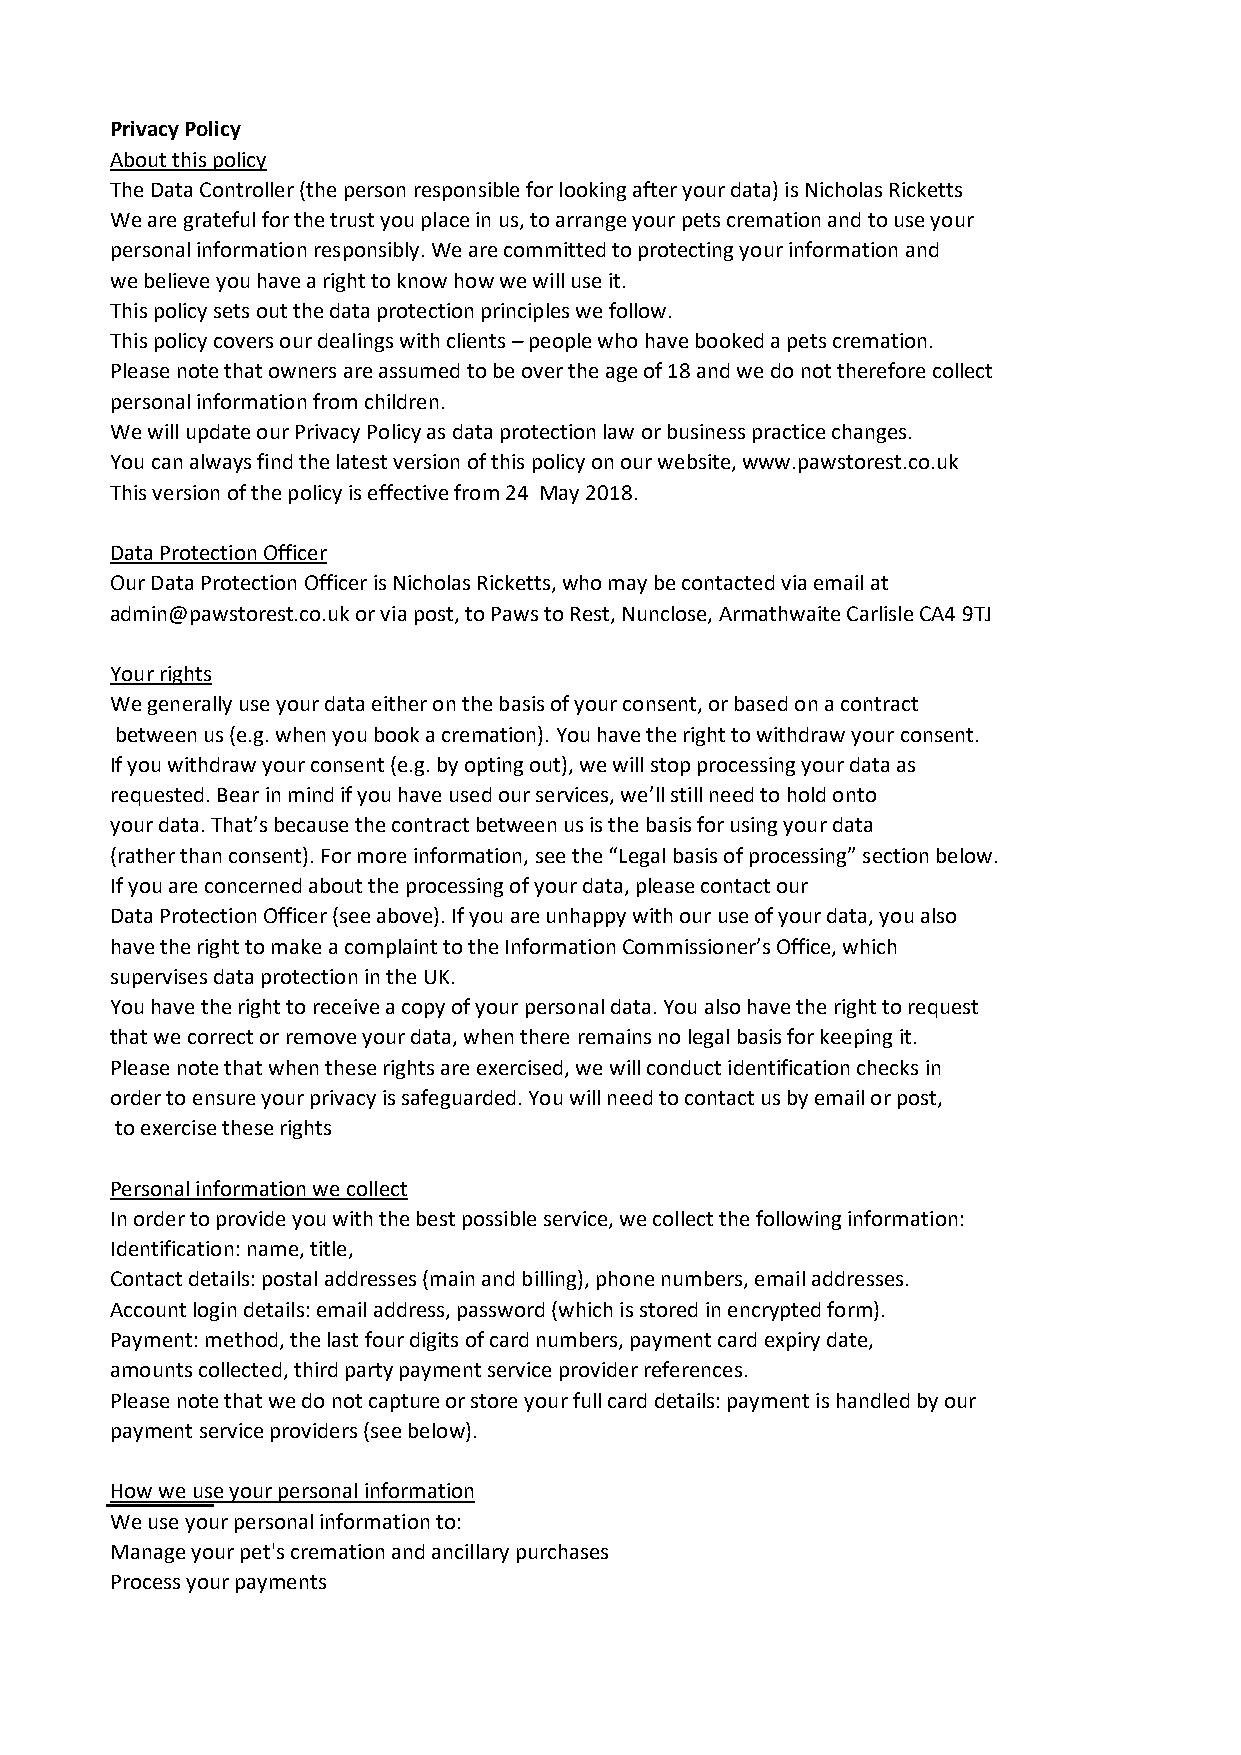
Privacy Policy
 About this policy
 The Data Controller (the person responsible for looking after your data) is Nicholas Ricketts
 We are grateful for the trust you place in us, to arrange your pets cremation and to use your
 personal information responsibly. We are committed to protecting your information and
 we believe you have a right to know how we will use it.
 This policy sets out the data protection principles we follow.
 This policy covers our dealings with clients – people who have booked a pets cremation.
 Please note that owners are assumed to be over the age of 18 and we do not therefore collect
 personal information from children.
 We will update our Privacy Policy as data protection law or business practice changes.
 You can always find the latest version of this policy on our website, www.pawstorest.co.uk
 This version of the policy is effective from 24 May 2018.
 Data Protection Officer
 Our Data Protection Officer is Nicholas Ricketts, who may be contacted via email at
 admin@pawstorest.co.uk or via post, to Paws to Rest, Nunclose, Armathwaite Carlisle CA4 9TJ
 Your rights
 We generally use your data either on the basis of your consent, or based on a contract
 between us (e.g. when you book a cremation). You have the right to withdraw your consent.
 If you withdraw your consent (e.g. by opting out), we will stop processing your data as
 requested. Bear in mind if you have used our services, we’ll still need to hold onto
 your data. That’s because the contract between us is the basis for using your data
 (rather than consent). For more information, see the “Legal basis of processing” section below.
 If you are concerned about the processing of your data, please contact our
 Data Protection Officer (see above). If you are unhappy with our use of your data, you also
 have the right to make a complaint to the Information Commissioner’s Office, which
 supervises data protection in the UK.
 You have the right to receive a copy of your personal data. You also have the right to request
 that we correct or remove your data, when there remains no legal basis for keeping it.
 Please note that when these rights are exercised, we will conduct identification checks in
 order to ensure your privacy is safeguarded. You will need to contact us by email or post,
 to exercise these rights
 Personal information we collect
 In order to provide you with the best possible service, we collect the following information:
 Identification: name, title,
 Contact details: postal addresses (main and billing), phone numbers, email addresses.
 Account login details: email address, password (which is stored in encrypted form).
 Payment: method, the last four digits of card numbers, payment card expiry date,
 amounts collected, third party payment service provider references.
 Please note that we do not capture or store your full card details: payment is handled by our
 payment service providers (see below).
 How we use your personal information
 We use your personal information to:
 Manage your pet's cremation and ancillary purchases
 Process your payments